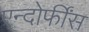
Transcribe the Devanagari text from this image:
एन्दोर्फींस